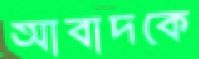
আবাদকে